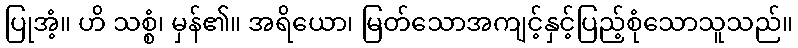
ပြုအံ့။ ဟိ သစ္စံ၊ မှန်၏။ အရိယော၊ မြတ်သောအကျင့်နှင့်ပြည့်စုံသောသူသည်။